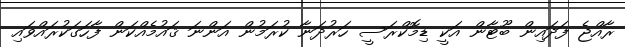
ރާއްޖެ ފަދައިން ބޫޓާން އަކީ ޑިމޮކްރަސީ ހަރުދަނާ ކުރަމުން އަންނަ ޤައުމެއްކަން ފާހަގަކުރައްވައި